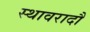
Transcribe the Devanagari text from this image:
स्थावरादौ